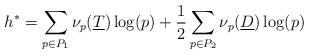
LaTeX: \begin{align*} h^*= \sum_{p\in P_1}\nu_p(\underline{T})\log(p) + \frac{1}{2}\sum_{p\in P_2}\nu_p(\underline{D})\log(p)\end{align*}